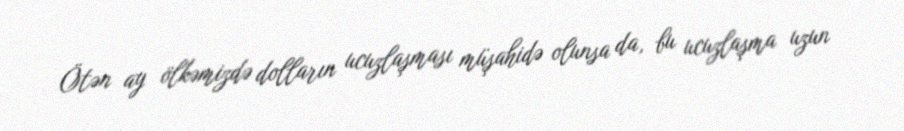
Ötən ay ölkəmizdə dolların ucuzlaşması müşahidə olunsa da, bu ucuzlaşma uzun